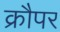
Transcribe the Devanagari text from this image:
क्रौपर